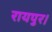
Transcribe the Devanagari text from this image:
रायपुर।